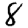
Digit: 8